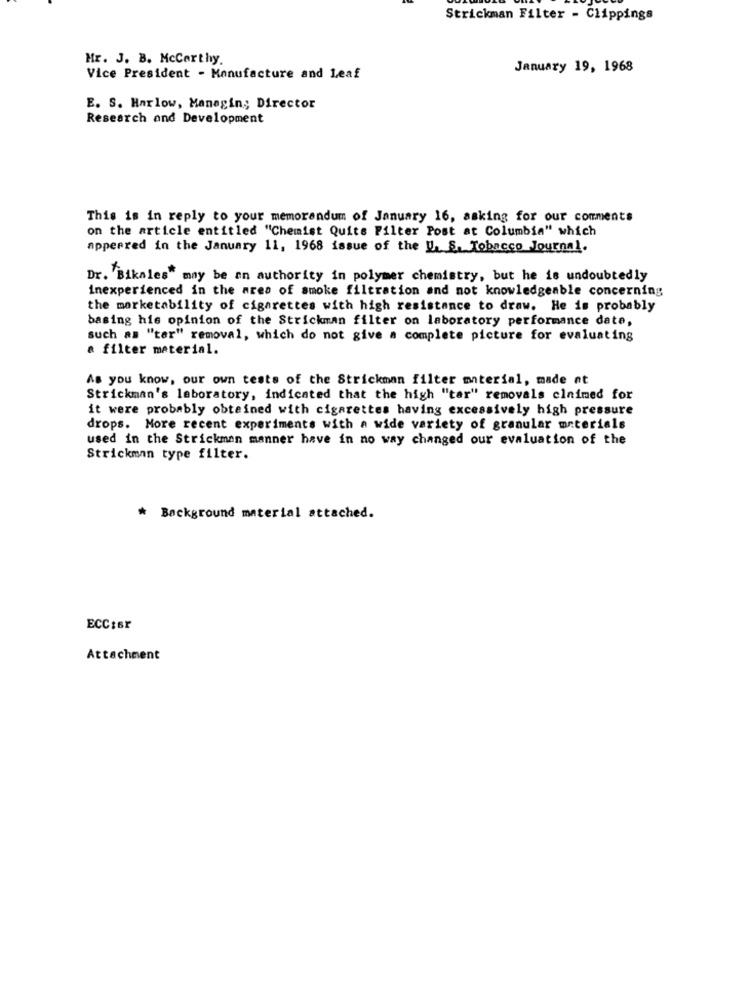
Strickman Filter - Clippings
Mr. J. B. McCorthy.
January 19, 1968
Vice President - Manufacture and Leaf
E. S. Harlow, Managing Director
Research and Development
This is in reply to your memorandum of January 16, asking for our comments
on the article entitled "Chemist Quits Filter Post at Columbia" which
appeared in the January 11, 1968 issue of the U. S. Tobacco Journal.
Dr. Bikales" may be an authority in polymer chemistry, but he is undoubtedly
inexperienced in the area of smoke filtration and not knowledgeable concerning
the marketability of cigarettes with high resistance to draw. He is probably
basing his opinion of the Strickman filter on laboratory performance date,
such as "ter" removal, which do not give a complete picture for evaluating
a filter material.
As you know, our own tests of the Strickman filter material, made nt
Strickman's laboratory, indicated that the high "tar" removals claimed for
it were probably obtained with cigarettes having excessively high pressure
drops. More recent experiments with a wide variety of granular materials
used in the Strickman manner have in no way changed our evaluation of the
Strickman type filter.
* Background material attached.
ECC:sr
Attachment